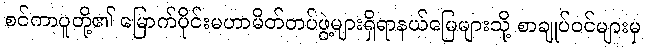
စင်ကာပူတို့၏ မြောက်ပိုင်းမဟာမိတ်တပ်ဖွဲ့များရှိရာနယ်မြေများသို့ စာချုပ်ဝင်များမှ